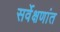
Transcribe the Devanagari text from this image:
सर्वेक्षणांत